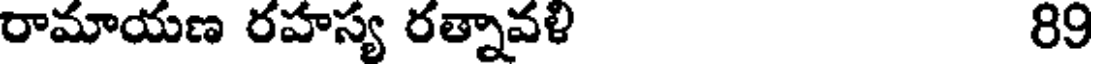
రామాయణ రహస్య రత్నావళి 89